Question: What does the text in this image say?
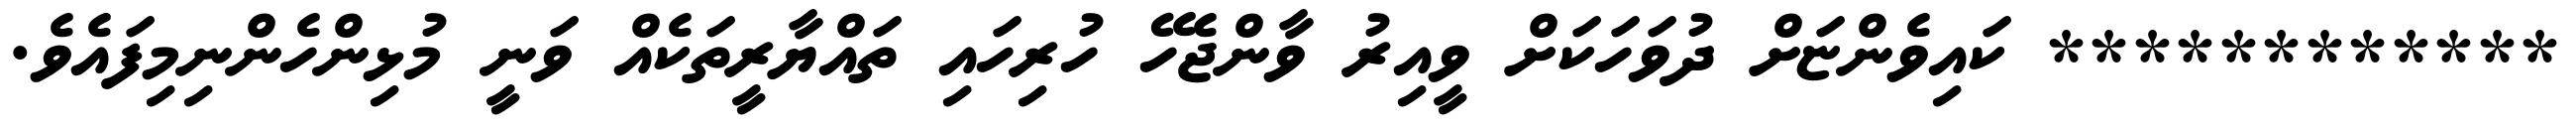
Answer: ************ ކައިވެންޏަށް ދުވަހަކަށް ވީއިރު ވާންޖެހޭ ހުރިހައި ތައްޔާރީތަކެއް ވަނީ މުޅިންހެންނިމިފައެވެ.